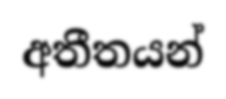
අතීතයන්